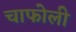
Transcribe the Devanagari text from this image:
चाफोली